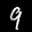
Label: 9